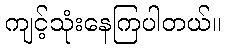
ကျင့်သုံးနေကြပါတယ်။